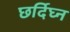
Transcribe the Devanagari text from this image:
छर्दिघ्न